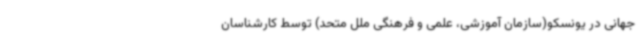
جهانی در یونسکو(سازمان آموزشی، علمی و فرهنگی ملل متحد) توسط کارشناسان